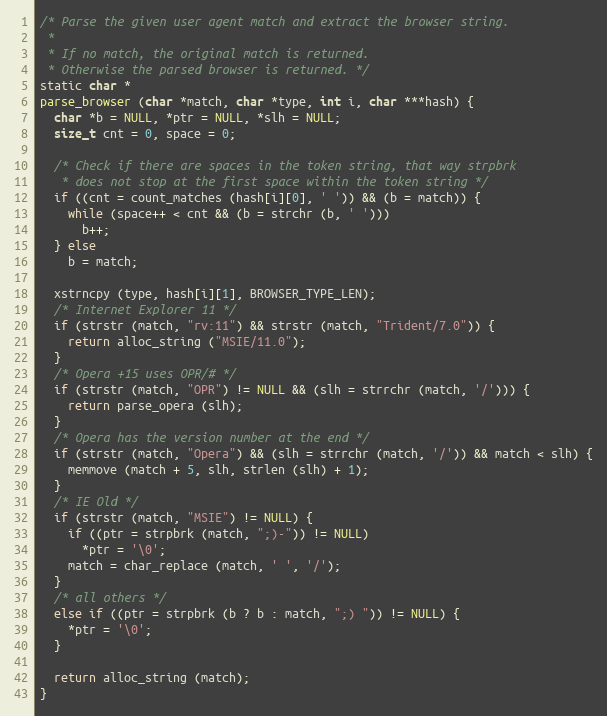
Language: C
/* Parse the given user agent match and extract the browser string.
 *
 * If no match, the original match is returned.
 * Otherwise the parsed browser is returned. */
static char *
parse_browser (char *match, char *type, int i, char ***hash) {
  char *b = NULL, *ptr = NULL, *slh = NULL;
  size_t cnt = 0, space = 0;

  /* Check if there are spaces in the token string, that way strpbrk
   * does not stop at the first space within the token string */
  if ((cnt = count_matches (hash[i][0], ' ')) && (b = match)) {
    while (space++ < cnt && (b = strchr (b, ' ')))
      b++;
  } else
    b = match;

  xstrncpy (type, hash[i][1], BROWSER_TYPE_LEN);
  /* Internet Explorer 11 */
  if (strstr (match, "rv:11") && strstr (match, "Trident/7.0")) {
    return alloc_string ("MSIE/11.0");
  }
  /* Opera +15 uses OPR/# */
  if (strstr (match, "OPR") != NULL && (slh = strrchr (match, '/'))) {
    return parse_opera (slh);
  }
  /* Opera has the version number at the end */
  if (strstr (match, "Opera") && (slh = strrchr (match, '/')) && match < slh) {
    memmove (match + 5, slh, strlen (slh) + 1);
  }
  /* IE Old */
  if (strstr (match, "MSIE") != NULL) {
    if ((ptr = strpbrk (match, ";)-")) != NULL)
      *ptr = '\0';
    match = char_replace (match, ' ', '/');
  }
  /* all others */
  else if ((ptr = strpbrk (b ? b : match, ";) ")) != NULL) {
    *ptr = '\0';
  }

  return alloc_string (match);
}